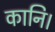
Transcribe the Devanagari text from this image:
कानि।